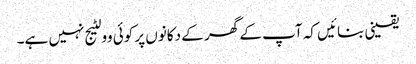
یقینی بنائیں کہ آپ کے گھر کے دکانوں پر کوئی وولٹیج نہیں ہے۔